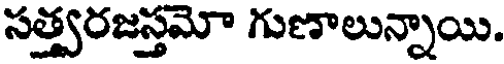
సత్త్వరజస్తమో గుణాలున్నాయి.